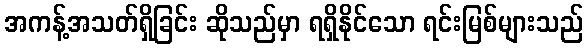
အကန့်အသတ်ရှိခြင်း ဆိုသည်မှာ ရရှိနိုင်သော ရင်းမြစ်များသည်